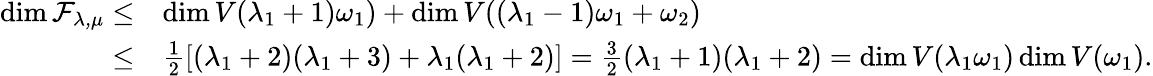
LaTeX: \begin{array}{rl}{\dim\cal F_{\lambda,\mu}\leq}&{\dim V(\lambda_{1}+1)\omega_{1})+\dim V((\lambda_{1}-1)\omega_{1}+\omega_{2})}\\ {\leq}&{\frac{1}{2}[(\lambda_{1}+2)(\lambda_{1}+3)+\lambda_{1}(\lambda_{1}+2)]=\frac{3}{2}(\lambda_{1}+1)(\lambda_{1}+2)=\dim V(\lambda_{1}\omega_{1})\dim V(\omega_{1}).}\end{array}